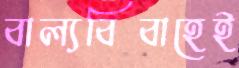
বাল্যবিবাহেই